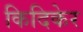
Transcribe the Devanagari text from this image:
किदिकेर